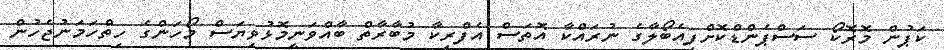
ކަޕުން މޮރޮކޯ ސަސްޕެންޑްކޮށްފިއެބޯލާގެ ނުރައްކާ އޮތަސް އެފްރިކާ މުބާރާތް ބާއްވަނީމޮޅުވިޔަސް މޯހަންގެ ހިތްހަމަނުޖެހުން